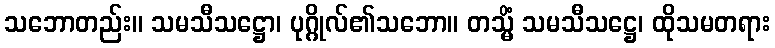
သဘောတည်း။ သမသီသဋ္ဌော၊ ပုဂ္ဂိုလ်၏သဘော။ တသ္မိံ သမသီသဋ္ဌေ၊ ထိုသမတရား